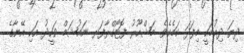
ދިޔަ ދިއުމަކީ މިފަދަ ކަމެކެވެ. މަޝްހޫރު ފޮޓޯގްރާފަރ ނައުޝަމް ވަހީދު އަކި އޭނާގެ